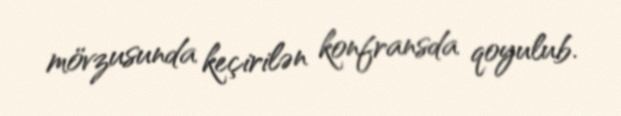
mövzusunda keçirilən konfransda qoyulub.